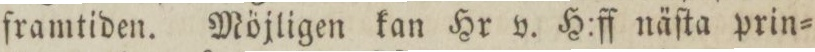
framtiden. Möjligen kan Hr v. H:ff näſta prin=